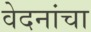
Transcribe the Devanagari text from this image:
वेदनांचा